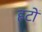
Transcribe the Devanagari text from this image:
हटों